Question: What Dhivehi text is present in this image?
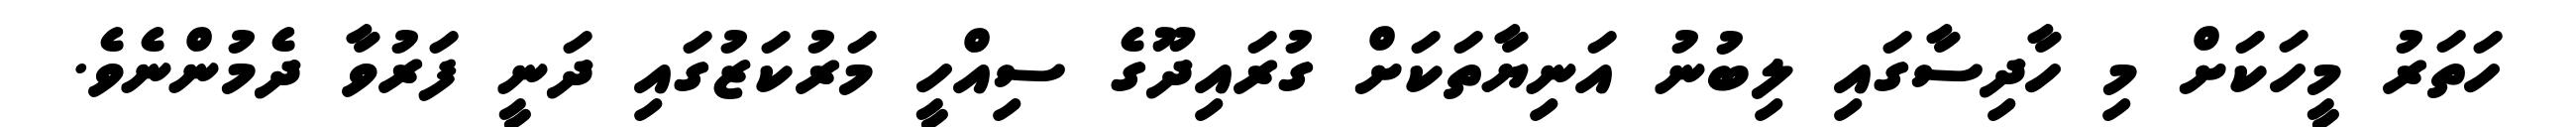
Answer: ހަތަރު މީހަކަށް މި ހާދިސާގައި ލިބުނު އަނިޔާތަކަށް ގުރައިދޫގެ ސިއްހީ މަރުކަޒުގައި ދަނީ ފަރުވާ ދެމުންނެވެ.